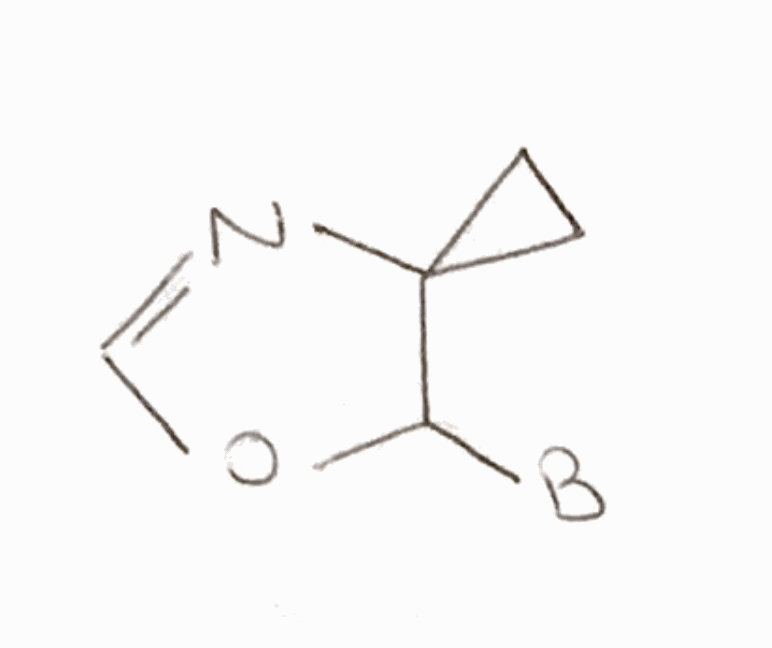
Simplified molecular-input line-entry system (SMILES) notation of the given molecule:
[B]C1C2(CC2)N=CO1